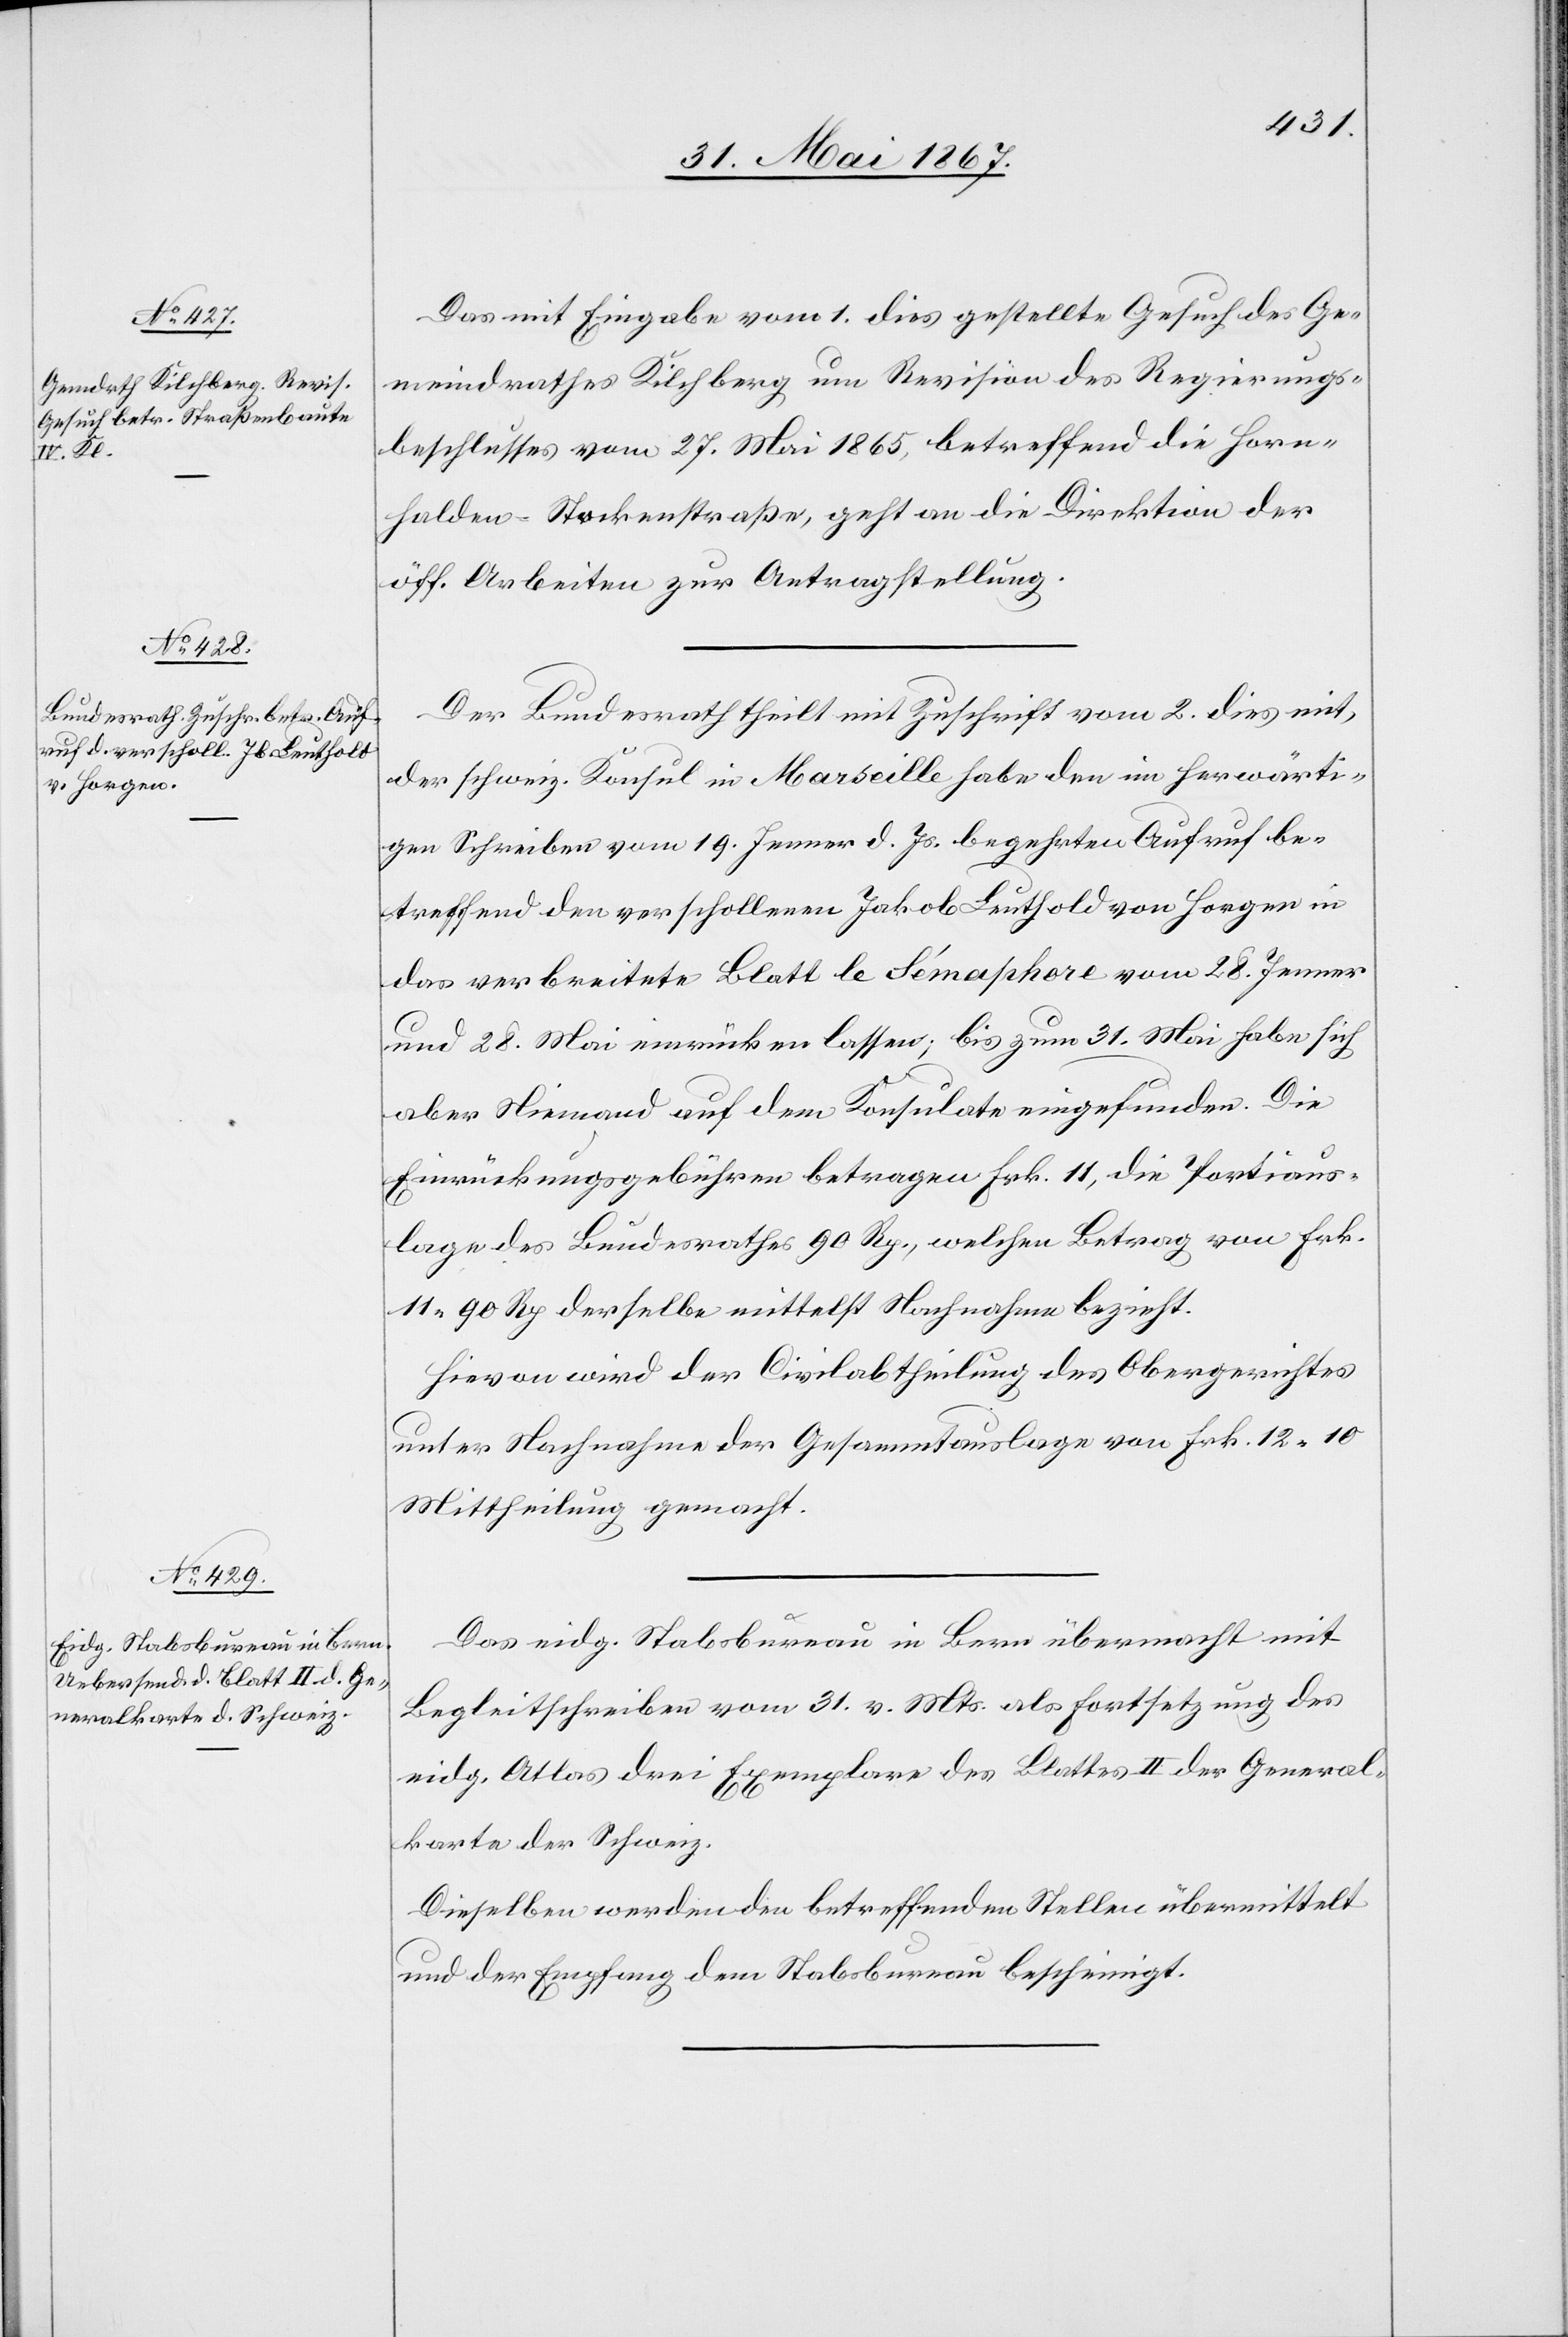
5. Juni 1867.]
Das mit Eingabe vom 1. dies gestellte Gesuch des Ge¬
meindrathes Kilchberg um Revision des Regierungs¬
beschlusses vom 27. Mai 1865, betreffend die Horn¬
halden-Stockenstraße, geht an die Direktion der
öff. Arbeiten zur Antragstellung.
Der Bundesrath theilt mit Zuschrift vom 2. dies mit,
der schweiz. Konsul in Marseille habe den in herwärti¬
gen Schreiben vom 19. Jenner d. Js. begehrten Aufruf be¬
treffend den verschollenen Jakob Leuthold von Horgen in
das verbreitete Blatt le Sémaphore vom 28. Jenner
und 28. Mai einrücken lassen; bis zum 31. Mai habe sich
aber Niemand auf dem Konsulate eingefunden. Die
Einrückungsgebühren betragen Frk. 11, die Portiaus¬
lage des Bundesrathes 90 Rp., welchen Betrag von Frk.
11. 90 Rp derselbe mittelst Nachnahme bezieht.
Hievon wird der Civilabtheilung des Obergerichtes
unter Nachnahme der Gesammtauslagen von Frk. 12. 10
Mittheilung gemacht.
Das eidg. Stabsbureau in Bern übermacht mit
Begleitschreiben vom 31. v. Mts. als Fortsetzung des
eidg. Atlas drei Exemplare des Blattes II der General¬
karte der Schweiz.
Dieselben werden den betreffenden Stellen übermittelt
und der Empfang dem Stabsbureau bescheinigt.